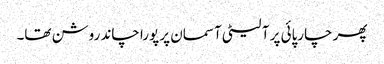
پھر چارپائی پر آ لیٹی آسمان پر پورا چاند روشن تھا۔